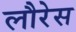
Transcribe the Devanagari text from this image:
लौरेस